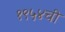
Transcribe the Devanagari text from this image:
१९५४ची